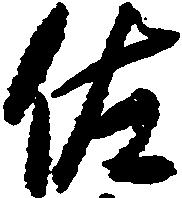
佐